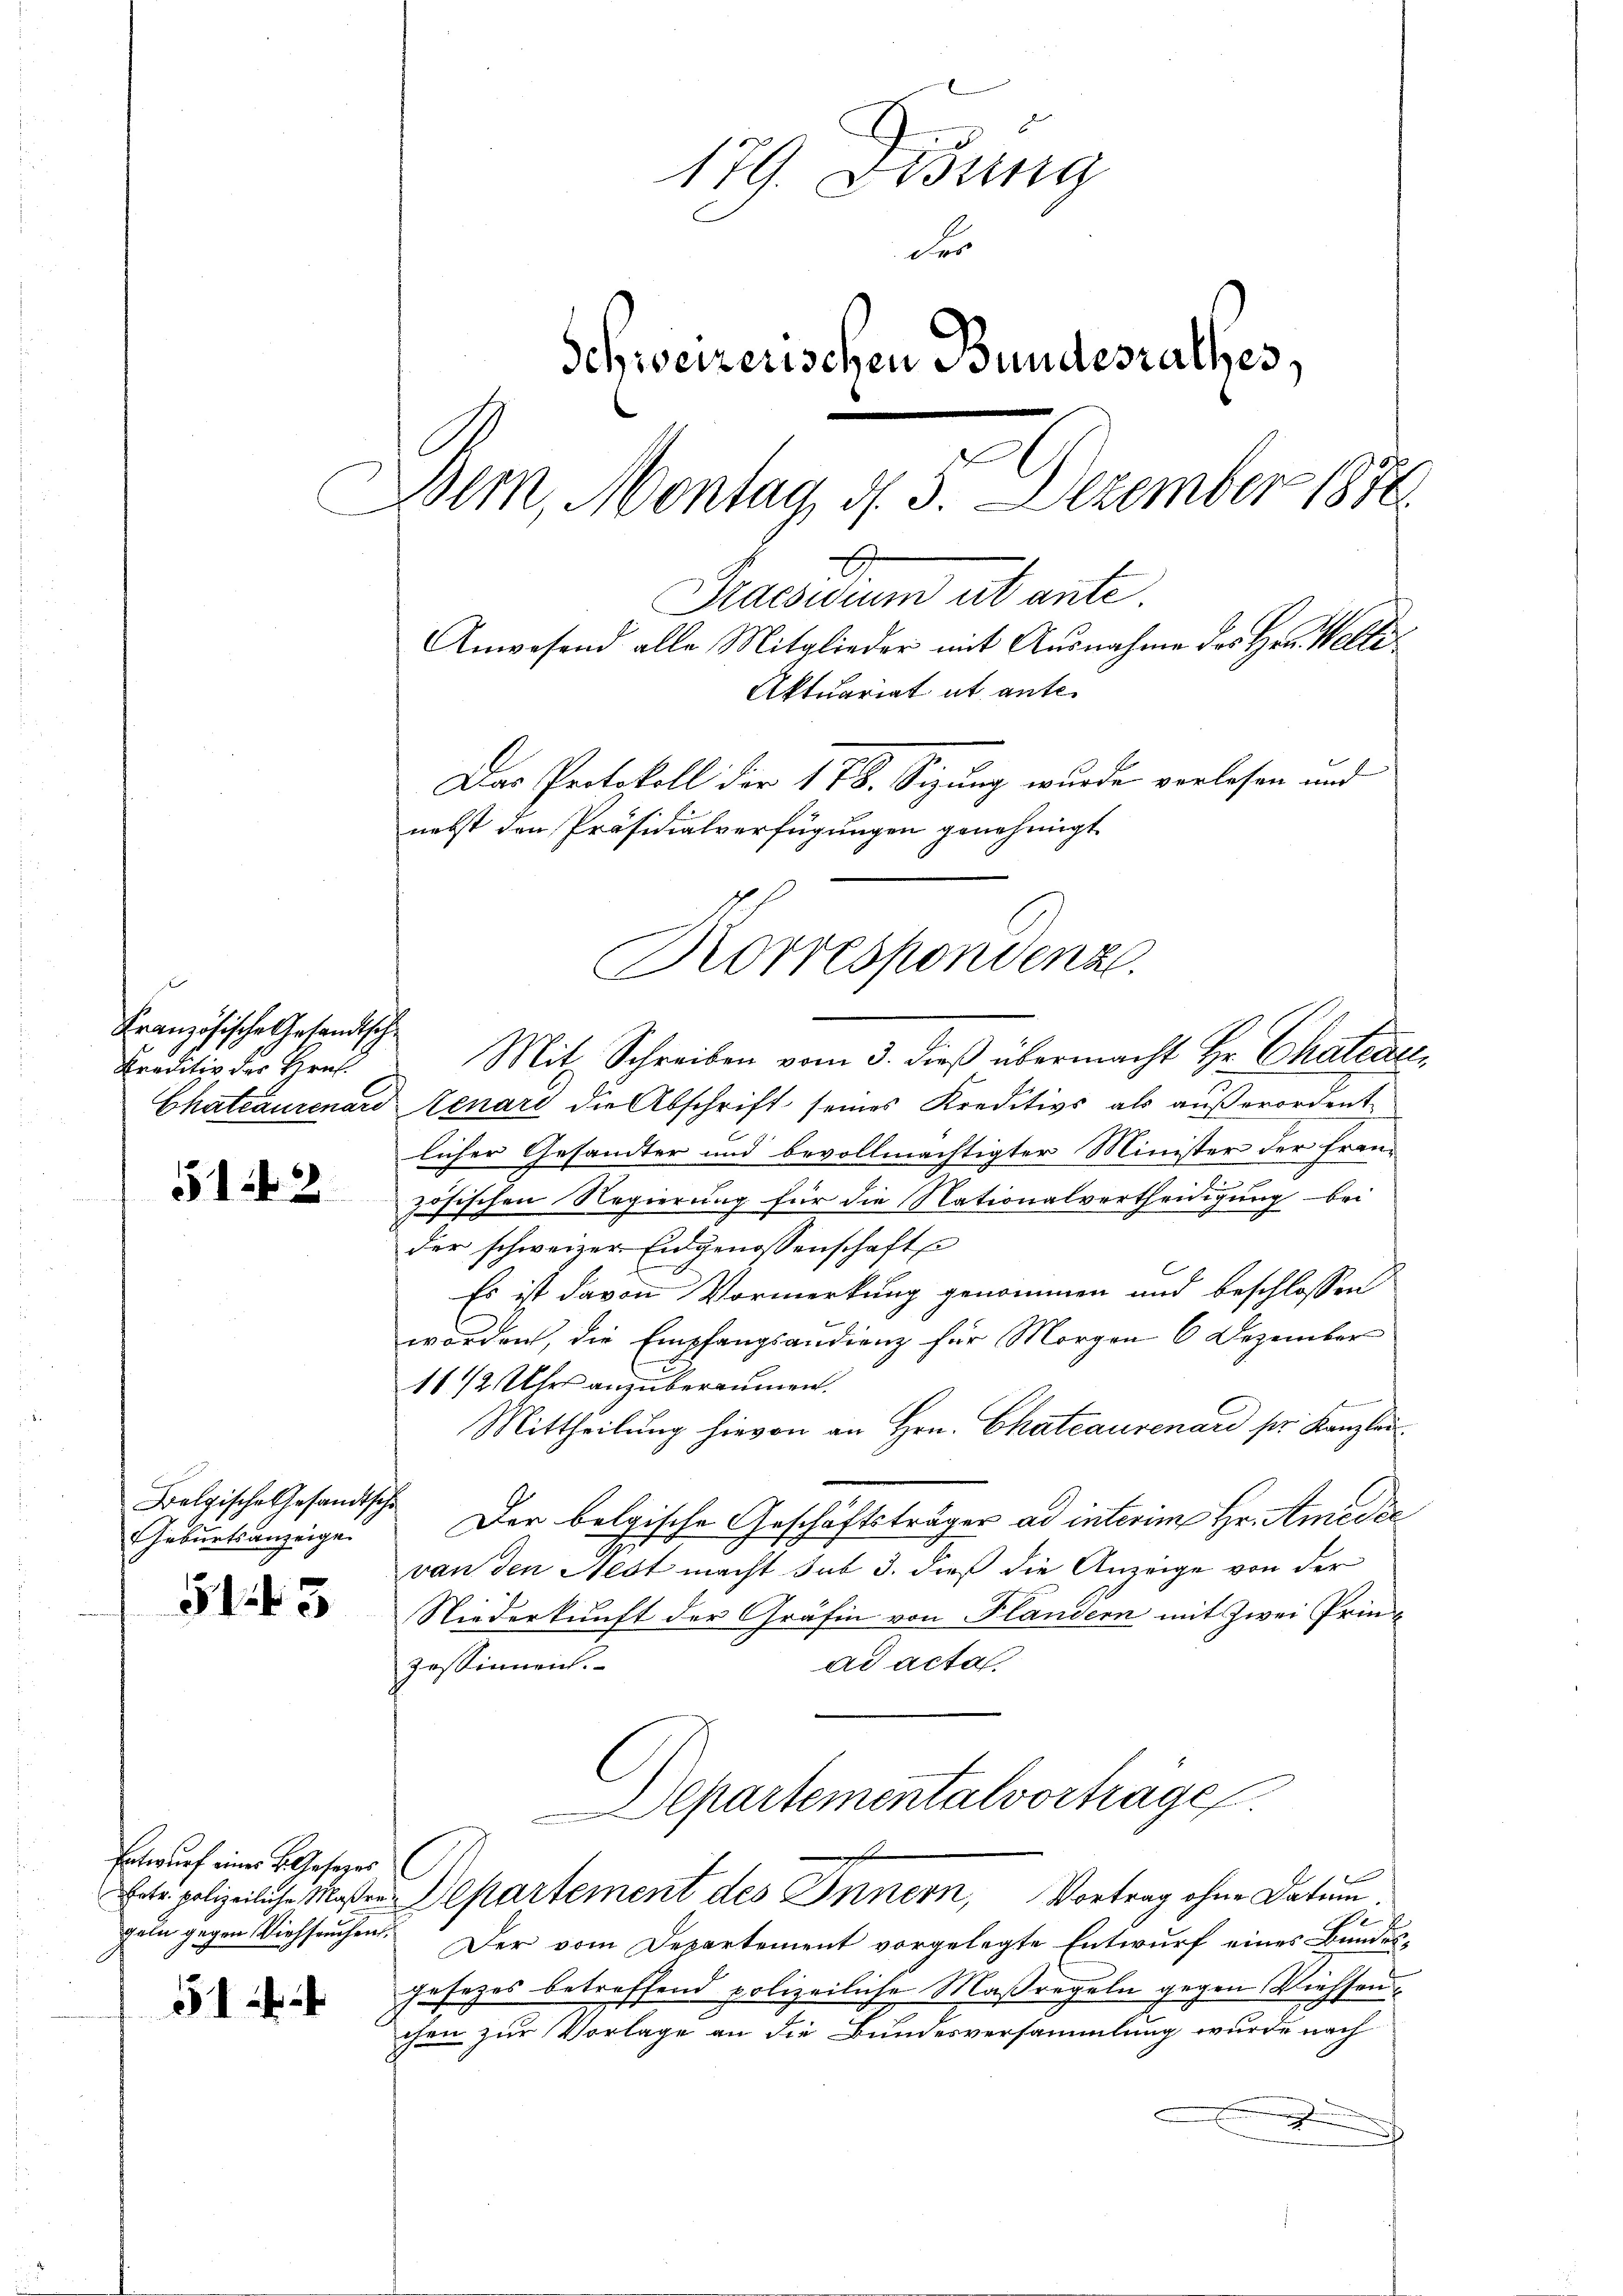
Französische Gestandsch
Kraditiv des Hrn.

51. 42

Mit Schreiben vom 3. dieß übermacht Hr. Chatente,
Chateaurenard Lenari die Abschrift seines Kreditivs als außerordent
licher Gesandter und bevollmächtigter Minister der Fran¬
2
schen Regierung für die Nationalvertheidigung bei
127
der schweizer Eidgenossenschaft
Es ist davon Vormerkung genommen und beschlossen
worden, die Empfangsaudienz für Morgen 6 Dezember
11/2 Uhr anzuberaumen.
Mittheilung hievon an Hrn. Chateaurenard pr. Kanzlei¬
Der belgische Geschäftsträger ad interim Hr. Amedie
van den Nest macht sub 3. dieß die Anzeige von der
Niederkunft der Gräfin von Plandern mit Zwei Prinad acta
Zessinnen.
Departementalvorträge
Eate polizeiliche Maßen-Departement des Innern, Vortrag ohne Datum.
e
Der vom Departement vorgelegte Entwurf eines Bundesgesetzes betreffend polizeiliche Maßregeln gegen Viehsenchen zur Vorlage an die Bundesversammlung wurde nach
.

Belgische Gesandtsche
Geburtsanzeige

5143

Entwurf einer B. Gesetzes
geln gegen Viehseuchen.

514

179. Lesung
des
Schweizerischen Bundesrathes,
Bern, Montag, d. 5. Dezember 1876.
2
Praesuum ut ante.
Anwesend alle Mitglieder mit Ausnahme des Hrn. Volle¬
Aktuariat et ante
Das Protokoll der 178. Sitzung wurde verlesen und
nebst den Präsidialverfügungen genehmigt

Korrespondenz.